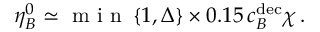
\eta _ { B } ^ { 0 } \simeq \textrm { m i n } \left\{ 1 , \Delta \right\} \times 0 . 1 5 \, c _ { B } ^ { \mathrm { d e c } } \chi \, .